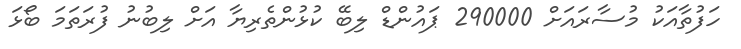
ހަފުތާއަކު މުސާރައަށް 290000 ޕައުންޑް ލިބޭ ކުޅުންތެރިޔާ އަށް ލިބުނު ފުރަތަމަ ބޯޅަ